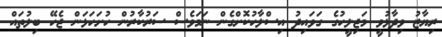
ރިޔާޒު ވިދާޅުވީ މަޖިލީހުގެ ގަވައިދު އިސްލާހުކޮށްގެން ނަމަވެސް ސަރުކާރުން ހުށަހަޅަން ޖެހޭ ބިލުތައް